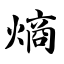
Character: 熵